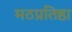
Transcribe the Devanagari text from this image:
मठप्रतिष्ठा